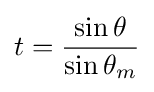
t={\frac {\sin {\theta }}{\sin {\theta _{m}}}}